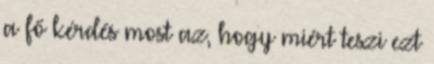
a fő kérdés most az, hogy miért teszi ezt